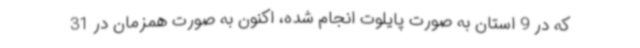
که در 9 استان به صورت پایلوت انجام شده، اکنون به صورت همزمان در 31